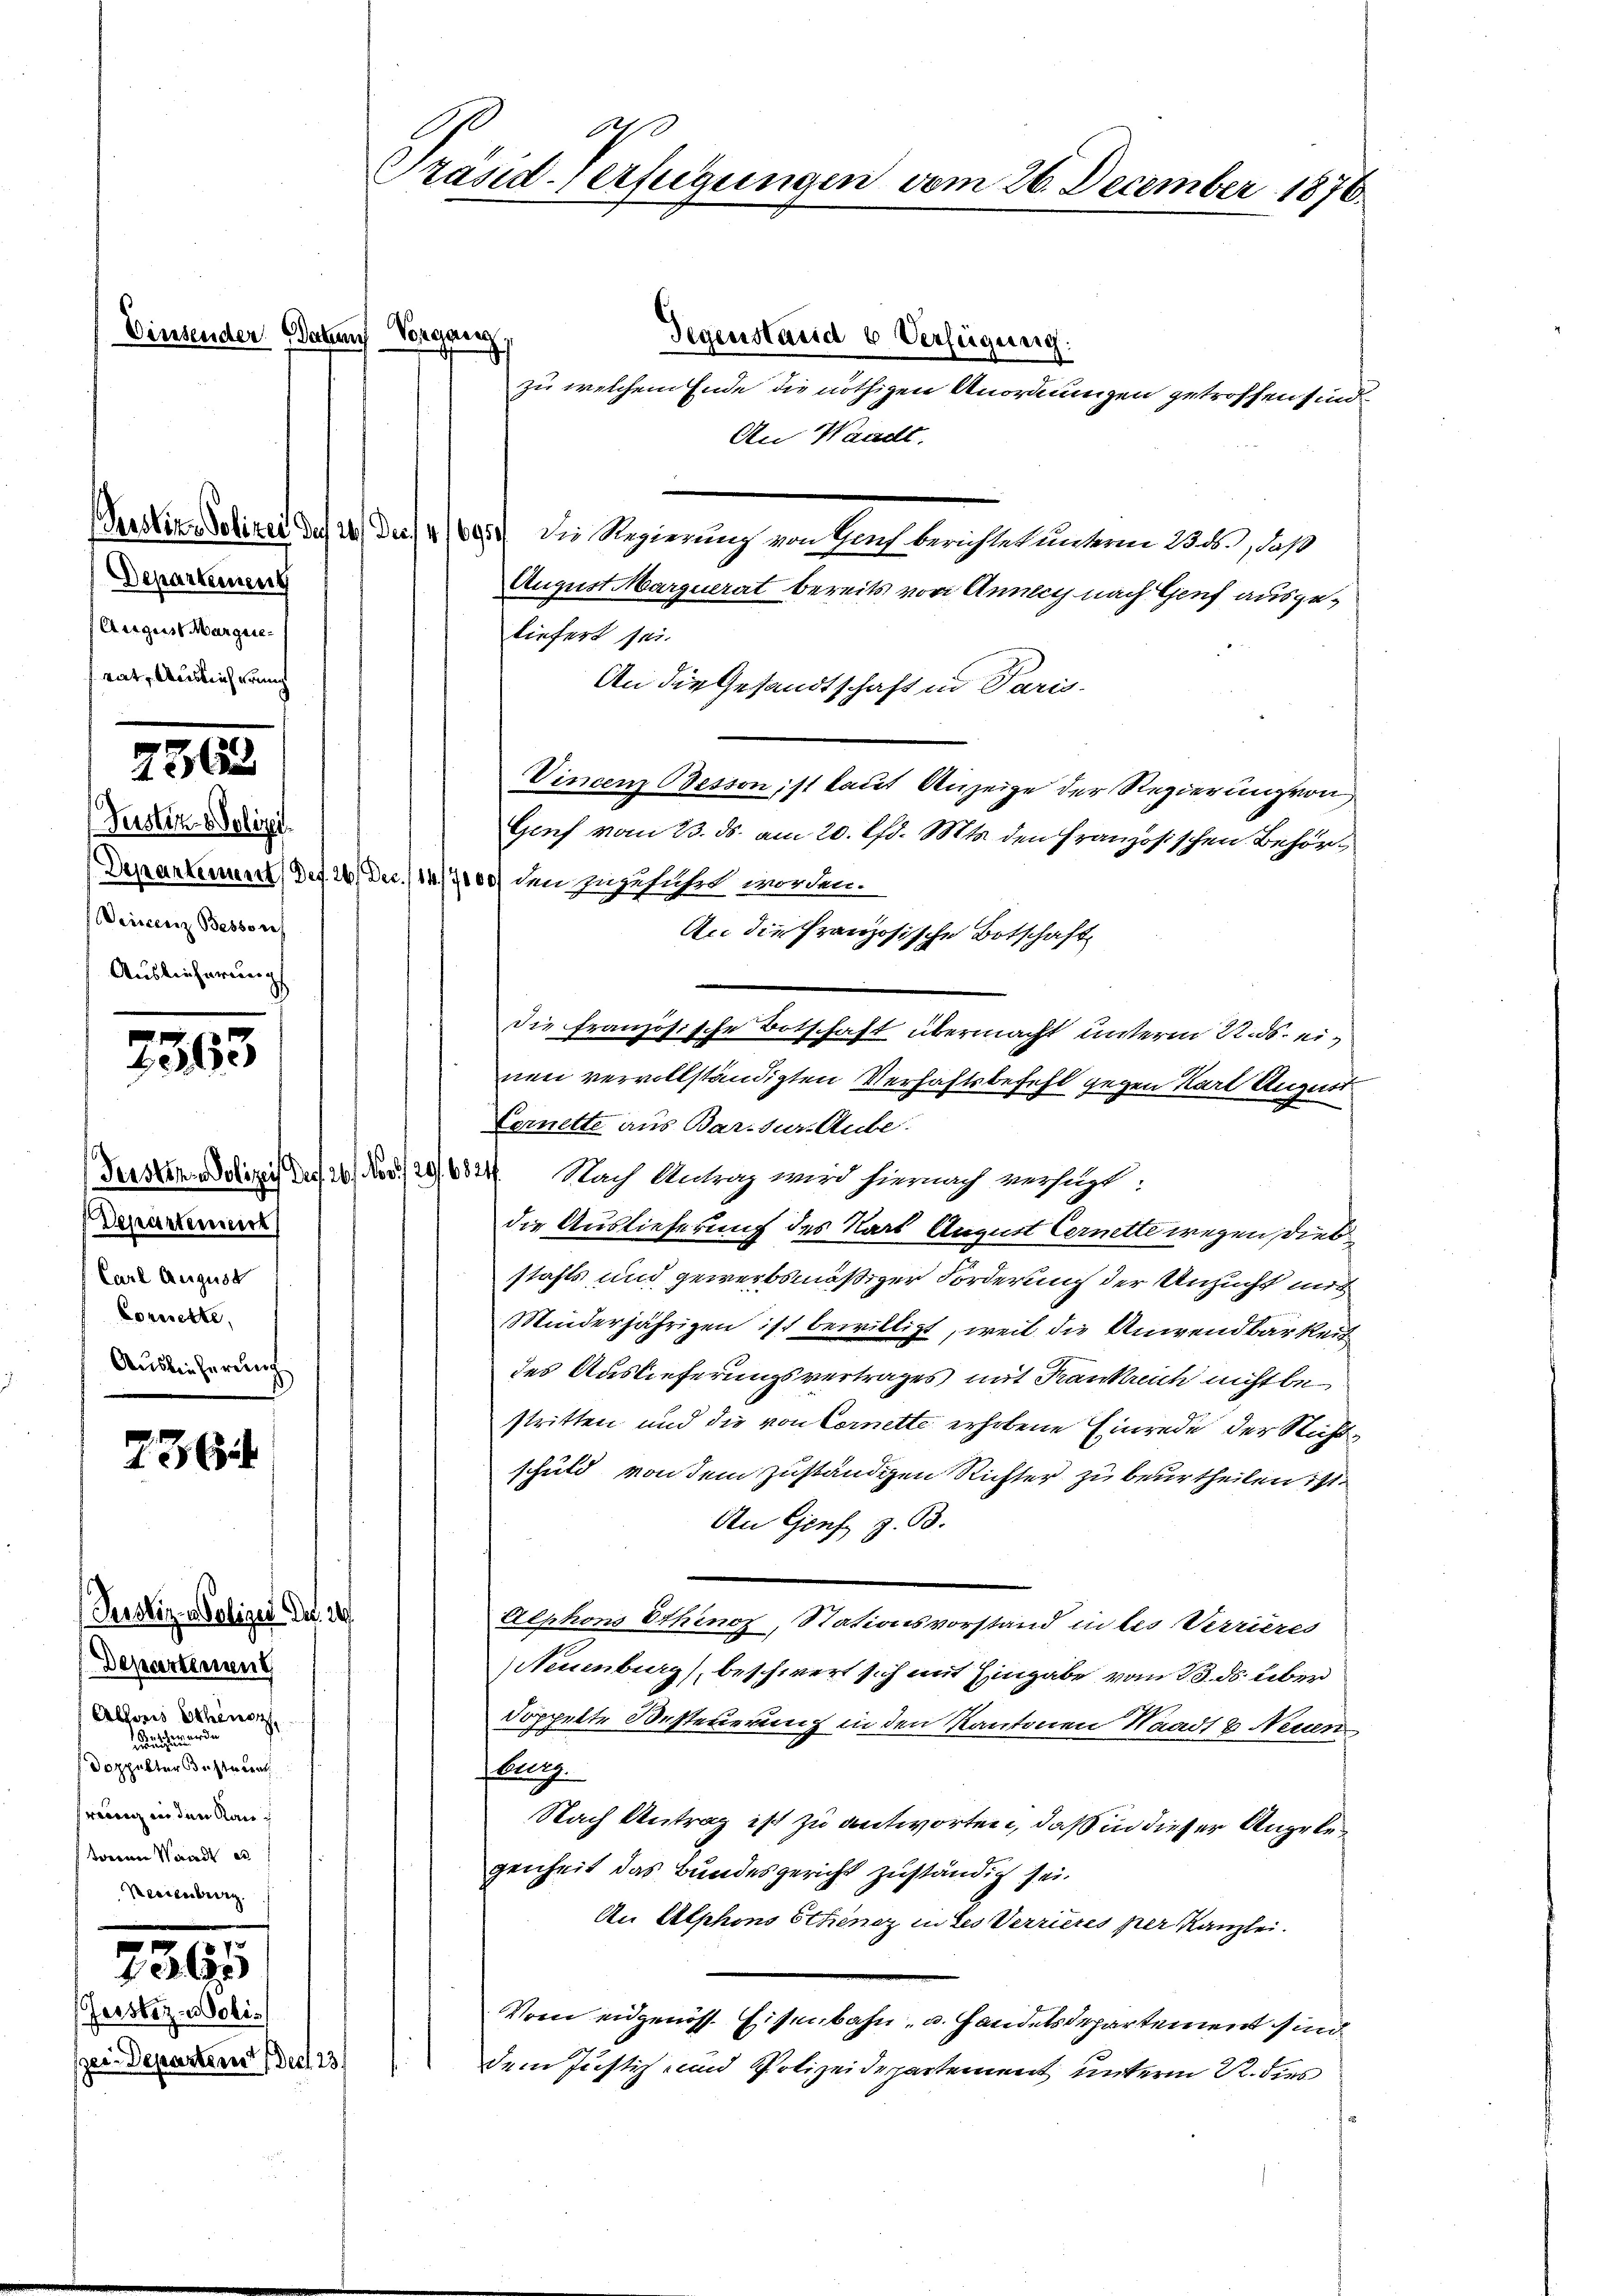
Gerster-Woli¬

einsender Wah

Departement
Aesgues Margare
rat, Auslieferung

Feister Polizei.
eicenz Bessors
Auslieferung

2363

Departement
Carl August
Corrette,
Auslieferung

726

Justiz - Polizei der 20
Departenen
Allons Schinz
Kunsteuer
Doppelter dasteten
rung in den Rausc
torenen Waadt es

3

zer Departem der 23

A
Präsid. Verfügungen vom 26. December 1876

auch Vorgang
Gegenstand b Verfügung.
zu welchem Ende die nöthigen Anordnungen getroffen sind.
An Waadt.
Verstins detitel des 24 des 495. Die Regierung von Nach berichtet unterm 23. ds., daß
August Marquerat bereits von Annlich nach Genf ausgeliefert sei.
An die Gesandtschaft in Paris
Vincenz Odessonst laut Anzeige der Regierung von
Genf vom 23. ds. am 20. Chr. Mts. den Französischen Behör¬
Departement) des 26. Dec. /14/7000/ den zuzuführt worden.
An die Französische Botschaft
Die französische Botschaft übermacht unterm 22. ds. einen vervollständigten Verhaftsbefehl gegen Karl August
Vernette aus Bar.jur. Aube.
Tersten Polizei et 20. Nov./29. 6824. Nach Antrag wird hiernach verfügt:
die Auslieferung des Kart August Cernette wegen Diebstahls und gewerbsmäßiger Forderung der Unzucht mit
Minderjährigen ist bewilligt, weil die Anwendbarkeit
des Auslieferungsvertrages mit Krankreich nicht bestritten und die von Cornette erhobene Einrede der Nichtschuld von dem zuständigen Richter zu beurtheilen ist.
An Genf z. B.
Alphons Ethinoz, Stationsvorstand in des Verrieres
Neuenburg), beschwert sich mit Eingabe vom 13. ds. über
doppelte Besteuerung in den Kantonen Waadt & Neuen
Rotg
Nach Antrag ist zu antworten, daß in dieser Angelegenheit das Bundesgericht zuständig sei.
An Alphons Stheniz in des Verrieres per Kanzlei.
Vom eidgenöss. Eisenbahn, u. Handelsdepartement sind.
dem Justiz- und Polizeidepartement unteren R. dies